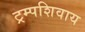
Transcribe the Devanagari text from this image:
ट्रम्पशिवाय